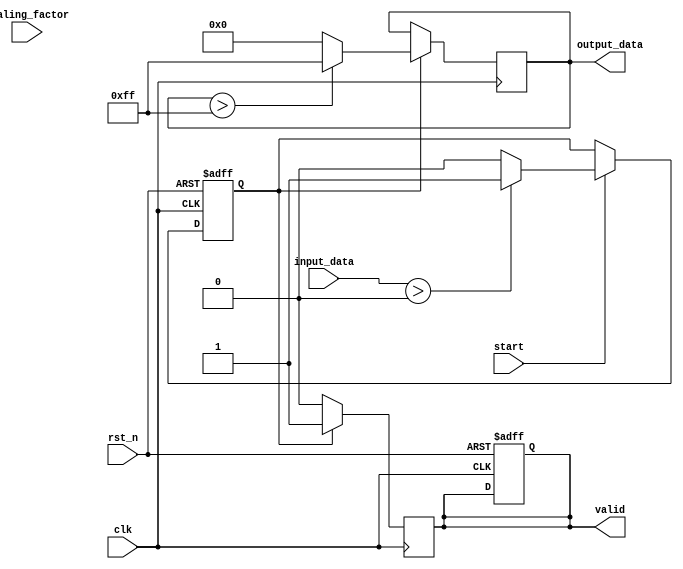
module LogScalingCircuit #(
    parameter INPUT_WIDTH = 8,    // Width of input
    parameter OUTPUT_WIDTH = 8,   // Width of output
    parameter SCALING_FACTOR_WIDTH = 8 // Width of scaling factor
)(
    input wire clk,                          // Clock signal
    input wire rst_n,                        // Active low reset
    input wire [INPUT_WIDTH-1:0] input_data,// Linear input data
    input wire [SCALING_FACTOR_WIDTH-1:0] scaling_factor, // Scaling factor
    input wire start,                        // Start signal
    output reg [OUTPUT_WIDTH-1:0] output_data, // Scaled logarithm output
    output reg valid                         // Output valid flag
);

    // Parameter to define output saturation
    localparam MAX_OUTPUT = (1 << OUTPUT_WIDTH) - 1;

    // Internal variables
    reg [OUTPUT_WIDTH-1:0] log_result; // Holds the logarithmic equivalent
    reg log_ready;                    // Signal indicating log computation is ready

    // Lookup table for Log values (example for simplicity)
    // These values should be adjusted based on input encoding
    reg [OUTPUT_WIDTH-1:0] log_table [0:255]; // Adjust size based on INPUT_WIDTH

    initial begin
        // Initialize Log lookup table, add actual log values
        // Example: log_table[0] = 0;  // log(1) = 0
        // Fill with values, this is just illustrative.
        log_table[1] = 0;          
        log_table[2] = 1;          
        log_table[3] = 2;          
        log_table[4] = 3;          
        // ... more values for actual logarithmic computation ...
    end

    // Logarithmic Calculation Block
    always @(posedge clk or negedge rst_n) begin
        if (!rst_n) begin
            log_result <= 0;
            log_ready <= 0;
            valid <= 0;
        end else if (start) begin
            // Check if input_data is greater than 0 (log(0) is undefined)
            if (input_data > 0) begin
                log_result <= log_table[input_data]; // Simple LUT for example
                log_ready <= 1;
            end else begin
                log_result <= 0; // Handle undefined case
                log_ready <= 0;
            end
        end
    end

    // Scaling Block
    always @(posedge clk) begin
        if (log_ready) begin
            // Scale the logarithmic result
            output_data <= (log_result * scaling_factor) >> SCALING_FACTOR_WIDTH; // Right shift for fixed-point scaling
            // Saturation Logic
            if (output_data > MAX_OUTPUT) output_data <= MAX_OUTPUT;
            valid <= 1; // Output is valid
        end else begin
            valid <= 0; // Output is not valid
        end
    end
endmodule